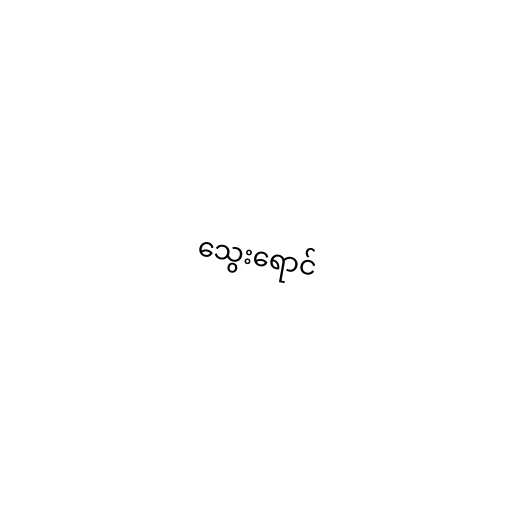
သွေးရောင်